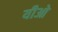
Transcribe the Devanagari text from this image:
यीओ